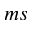
m s